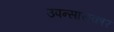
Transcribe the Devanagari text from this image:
उपन्सासकार